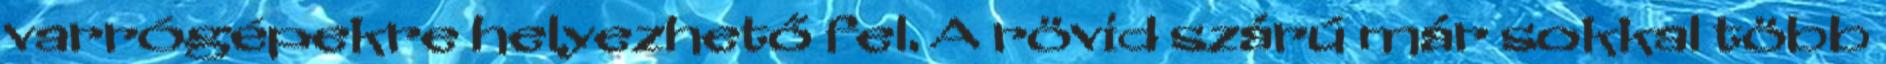
varrógépekre helyezhető fel. A rövid szárú már sokkal több